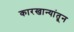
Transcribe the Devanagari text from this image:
कारखान्यांतून